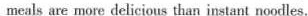
meals are more delicious than instant noodles.